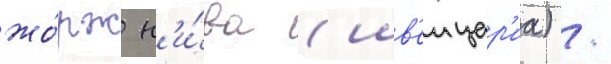
жо́рж н'и́ва (шв'еицар'иа) /